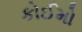
કોઈમો